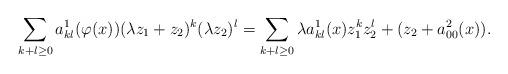
LaTeX: \begin{align*}\sum_{k + l \geq 0} a_{kl}^{1}(\varphi(x)) (\lambda z_{1} + z_{2})^{k} (\lambda z_{2})^{l} = \sum_{k + l \geq 0} \lambda a_{kl}^{1}(x) z_{1}^{k} z_{2}^{l} + (z_{2} + a_{00}^{2}(x)).\end{align*}